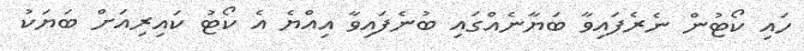
ހައި ކޯޓުން ނެރެފައިވާ ބަޔާނެއްގައި ބުނެފައިވާ އިއްޔެ އެ ކޯޓު ކައިރިއަށް ބަޔަކު